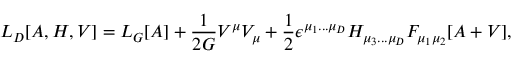
{ \cal L } _ { D } [ A , H , V ] = { \cal L } _ { G } [ A ] + \frac { 1 } { 2 G } V ^ { \mu } V _ { \mu } + \frac { 1 } { 2 } \epsilon ^ { \mu _ { 1 } . . . \mu _ { D } } H _ { \mu _ { 3 } . . . \mu _ { D } } F _ { \mu _ { 1 } \mu _ { 2 } } [ A + V ] ,